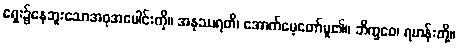
ရှေး၌နေဘူးသောအစုအပေါင်းကို။ အနုဿရတိ၊ အောက်မေ့တော်မူ၏။ ဘိက္ခဝေ၊ ရဟန်းတို့။